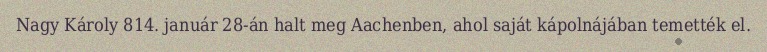
Nagy Károly 814. január 28-án halt meg Aachenben, ahol saját kápolnájában temették el.